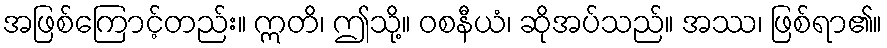
အဖြစ်ကြောင့်တည်း။ ဣတိ၊ ဤသို့။ ဝစနီယံ၊ ဆိုအပ်သည်။ အဿ၊ ဖြစ်ရာ၏။